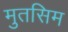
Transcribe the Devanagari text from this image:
मुतसिम